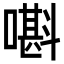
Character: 𡀃